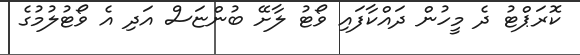
ކޮރަޕްޓު ދެ މީހުން ދައްކާފައި ވޯޓު ލާށޭ ބުންޏަސް އަދި އެ ވޯޓުލުމުގެ